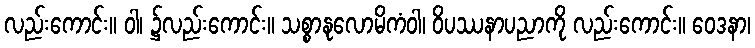
လည်းကောင်း။ ဝါ၊ ၌လည်းကောင်း။ သစ္စာနုလောမိကံဝါ၊ ဝိပဿနာပညာကို လည်းကောင်း။ ဝေဒနာ၊